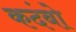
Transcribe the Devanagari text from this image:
कदंबो